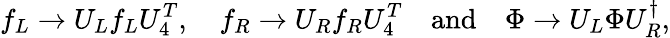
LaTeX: f_{L}\to U_{L}f_{L}U_{4}^{T},\quad f_{R}\to U_{R}f_{R}U_{4}^{T}\quad\mathrm{and}\quad\Phi\to U_{L}\Phi U_{R}^{\dagger},